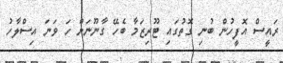
ރައީސް އޮފީހުން ބުނި ގޮތުގައި ޓޫރިޒަމާ ބެހޭ ގާނޫނަށް ހަ ވަނަ އިސްލާހު